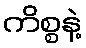
ကိစ္စနဲ့